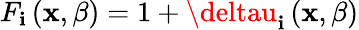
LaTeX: F_{\mathbf{i}}\left(\mathbf{{x}},\beta\right)=1+\deltau_{\mathbf{i}}\left(\mathbf{{x}},\beta\right)